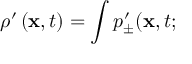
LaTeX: \rho ^ { \prime } \left( { \bf x } , t \right) = \int p _ { \pm } ^ { \prime } ( { \bf x } , t ;